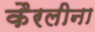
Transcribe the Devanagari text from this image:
कैरलीना